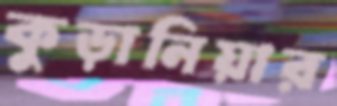
কুড়ানিয়ার